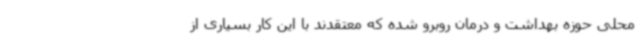
محلی حوزه بهداشت و درمان روبرو شده که معتقدند با این کار بسیاری از